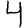
Digit: 4